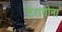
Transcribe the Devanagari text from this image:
टैरागोना